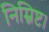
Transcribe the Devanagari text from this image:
निम्निष्ट।